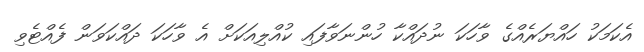
އެކަމަކު ހައްޔަރެއްގެ ވާހަކަ ނުދައްކާ ހުންނަވާފައި ކުއްލިއަކަށް އެ ވާހަކަ ދައްކަވަން ފެއްޓެވި